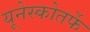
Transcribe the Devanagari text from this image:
यूनेस्कोतर्फे